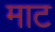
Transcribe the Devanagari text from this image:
माट